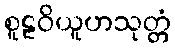
စူဠဝိယူဟသုတ္တံ